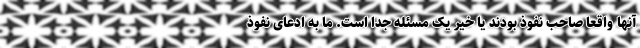
آنها واقعاً صاحب نفوذ بودند یا خیر یک مسئله جدا است. ما به ادعای نفوذ